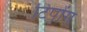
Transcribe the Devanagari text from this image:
टिपोंग